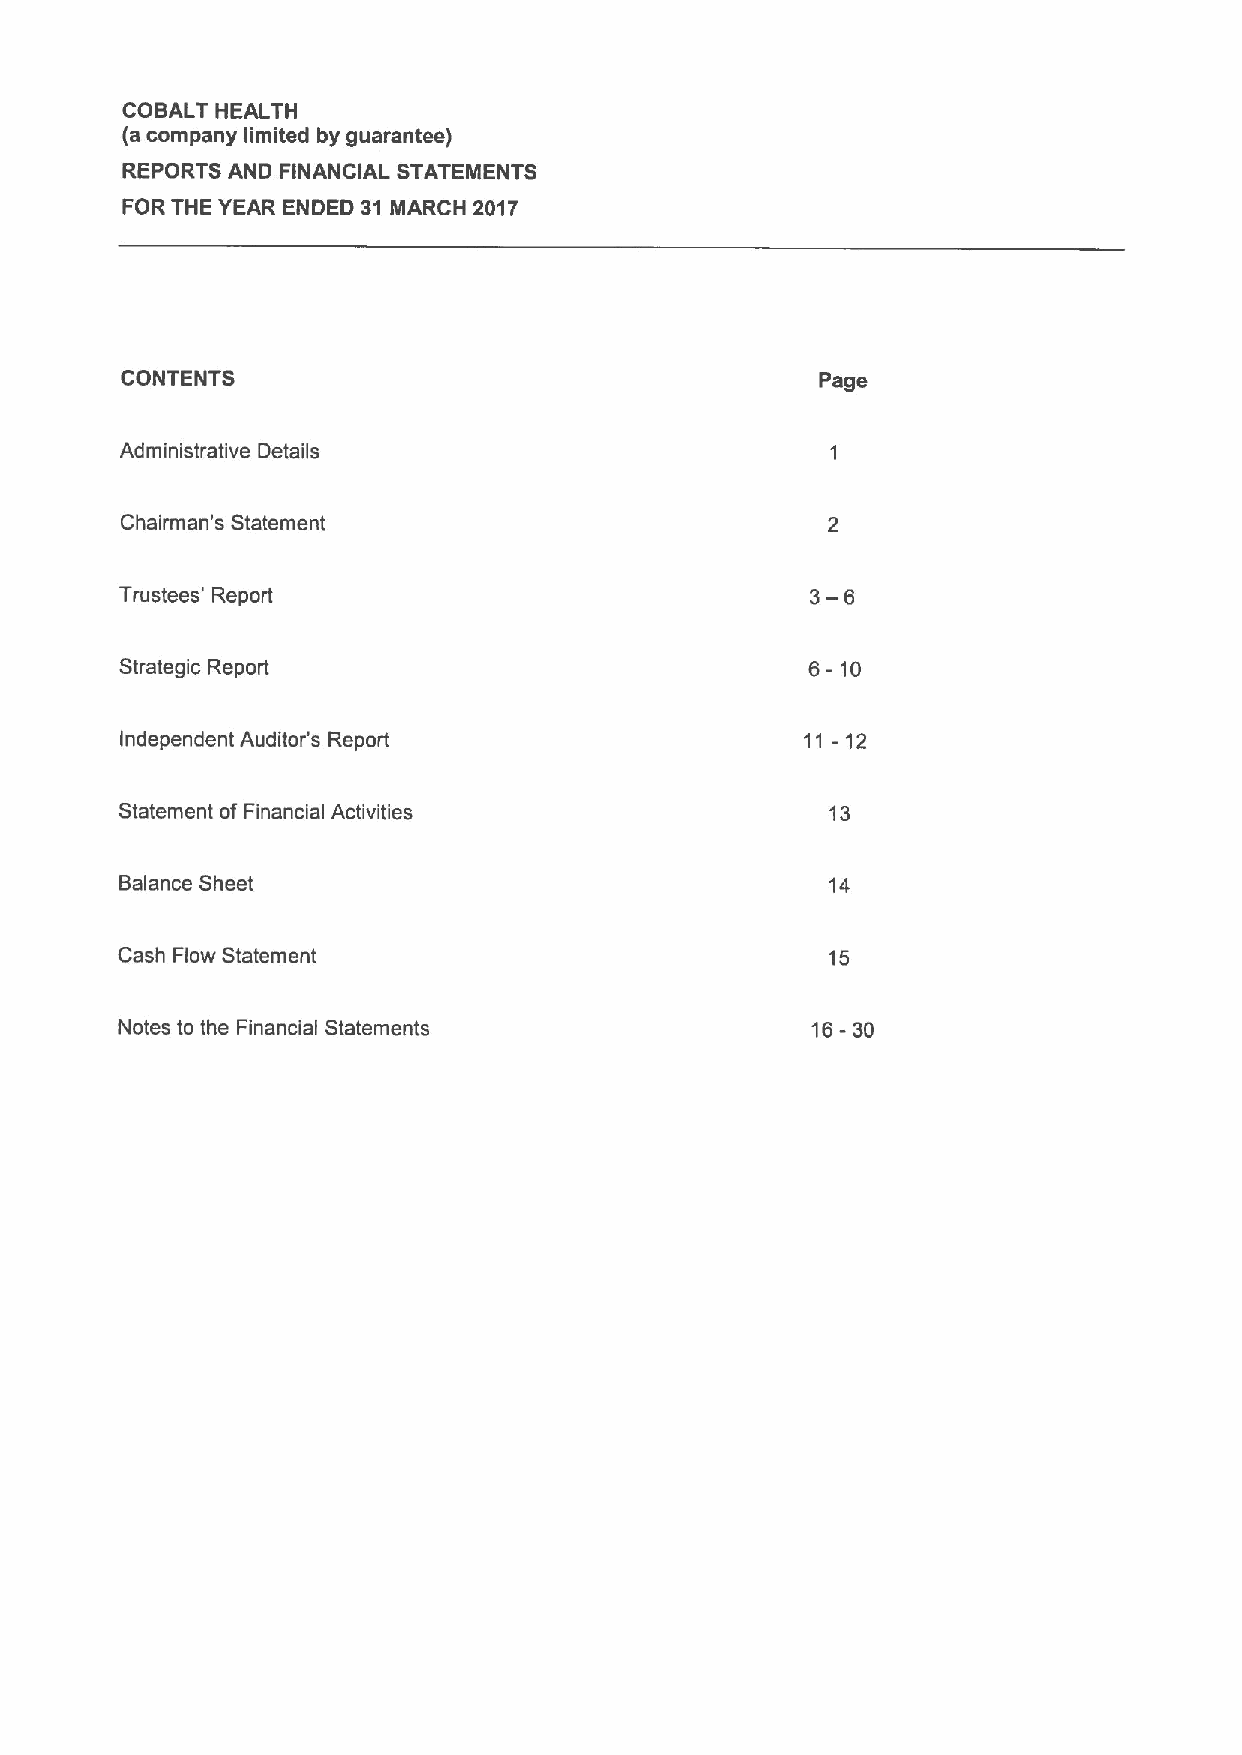
COBALT HEALTH
 (acompany limited by guarantee)
 REPORTS AND FINANCIAL STATEMENTS
 FOR THE YEAR ENDED 31 MARCH 2017
 CONTENTS                                      Page
 Administrative Details
 Chairman's Statement
 Trustees' Report                              3—6
 Strategic Report                              6-10
 Independent Auditor's Report                 11 -12
 Statement ofFinancial Activities               13
 Balance Sheet                                  14
 Cash Flow Statement                            15
 Notes to the Financial Statements             16-30